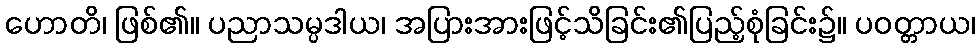
ဟောတိ၊ ဖြစ်၏။ ပညာသမ္ပဒါယ၊ အပြားအားဖြင့်သိခြင်း၏ပြည့်စုံခြင်း၌။ ပဝတ္တာယ၊